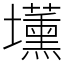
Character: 𡓽